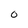
Character: O